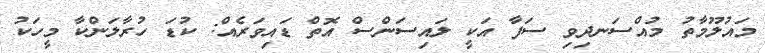
މައުލޫމާތު މުއްސަނދިވި ސަފާ އަކީ ލައިސަންސް އޮތް ޑައިވަރެއް: ކުޑަ ހުރާލަންކާ މީހަކު